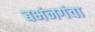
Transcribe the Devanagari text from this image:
बभंनगंवा